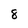
Character: 8